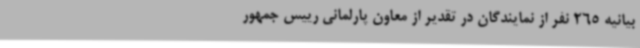
بیانیه 265 نفر از نمایندگان در تقدیر از معاون پارلمانی رییس جمهور